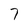
Character: 7